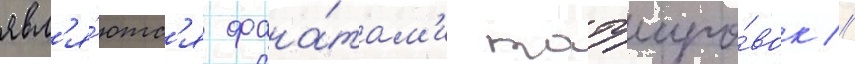
явл'я́ютс'я фана́там'и татуиро́вок //